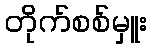
တိုက်စစ်မှူး